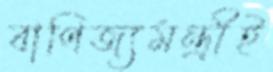
বাণিজ্যমন্ত্রীই